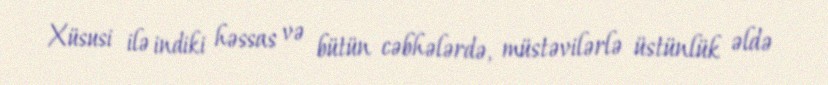
Xüsusi ilə indiki həssas və bütün cəbhələrdə, müstəvilərlə üstünlük əldə